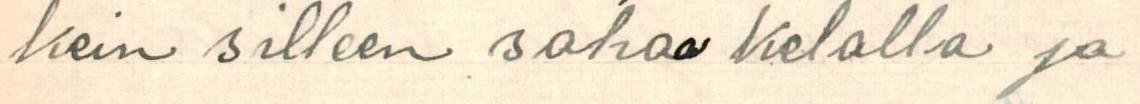
kein silleen sahaa kelalla ja